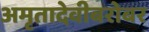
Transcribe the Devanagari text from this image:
अमृतादेवीबरोबर